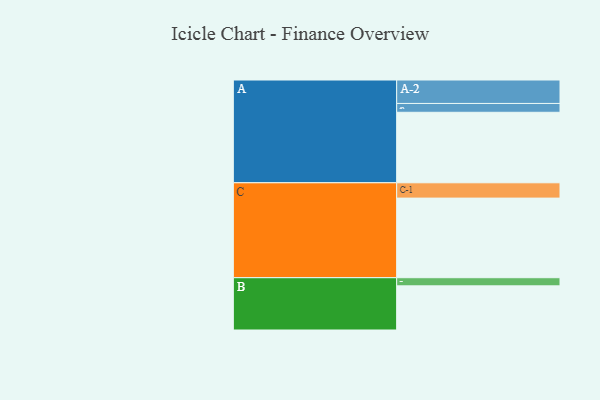
{"axis": {"x": "Segment", "y": "Value"}, "legend": ["", "A", "B", "C"], "data": [{"x": "A", "y": 511, "type": ""}, {"x": "B", "y": 320, "type": ""}, {"x": "C", "y": 577, "type": ""}, {"x": "A-1", "y": 64, "type": "A"}, {"x": "A-2", "y": 170, "type": "A"}, {"x": "B-1", "y": 59, "type": "B"}, {"x": "C-1", "y": 111, "type": "C"}]}